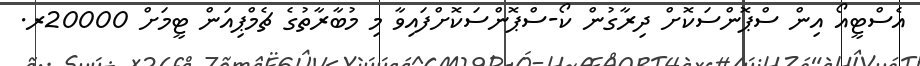
އެސްޓީއޯ އިން ސްޕޮންސަކޮށް ދިރާގުން ކޯ-ސްޕޮންސަކޮށްފައިވާ މި މުބާރާތުގެ ޗެމްޕިއަން ޓީމަށް 20000ރ.